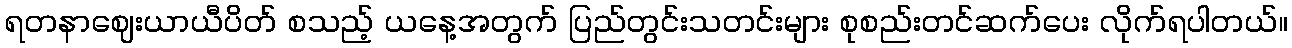
ရတနာဈေးယာယီပိတ် စသည့် ယနေ့အတွက် ပြည်တွင်းသတင်းများ စုစည်းတင်ဆက်ပေး လိုက်ရပါတယ်။